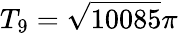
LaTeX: T_{9}=\sqrt{10085}\pi